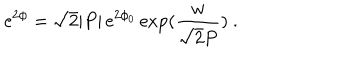
LaTeX: { \mathrm { e } } ^ { 2 \phi } = \sqrt { 2 } | P | \, { \mathrm { e } } ^ { 2 \phi _ { 0 } } \, \mathrm { e x p } ( \frac { w } { \sqrt { 2 } P } ) \ .